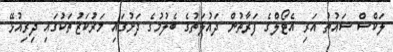
ލަކްސް ސައުތު އަރި އެޓޯލްގެ ފަރާތުން ދައުލަތުގެ ބެލުމުގެ ދަށުގައި މަރުކަޒުތަކުގައި ދިރިއުޅޭ